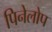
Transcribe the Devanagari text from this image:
पिनेलोप